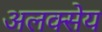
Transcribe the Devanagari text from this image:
अलक्सेय